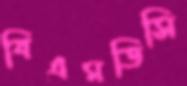
বিএমডিসি